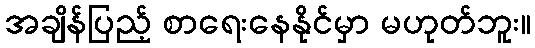
အချိန်ပြည့် စာရေးနေနိုင်မှာ မဟုတ်ဘူး။